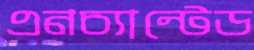
এনচ্যান্টেড